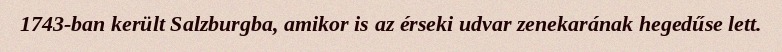
1743-ban került Salzburgba, amikor is az érseki udvar zenekarának hegedűse lett.